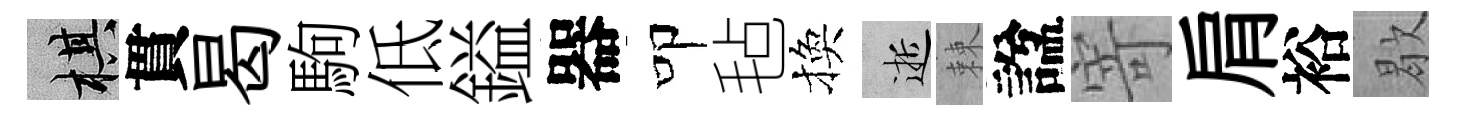
棋貫曷駒低鎰器叩毡換逝棘諡寄肩裕歇